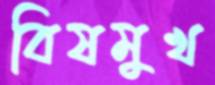
বিষমুখ